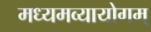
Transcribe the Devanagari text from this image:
मध्यमव्यायोगम्